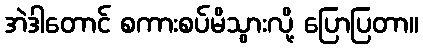
အဲဒါတောင် စကားစပ်မိသွားလို့ ပြောပြတာ။